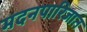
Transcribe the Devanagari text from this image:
मदनपारिजात